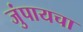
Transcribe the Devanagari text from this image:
जुंपायचा